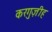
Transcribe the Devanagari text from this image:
करगुज़ीह